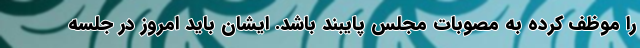
را موظف کرده به مصوبات مجلس پایبند باشد. ایشان باید امروز در جلسه